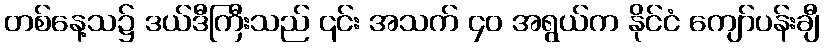
တစ်နေ့သ၌ ဒယ်ဒီကြီးသည် ၎င်း အသက် ၄၀ အရွယ်က နိုင်ငံ ကျော်ပန်းချီ